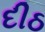
દીઠ